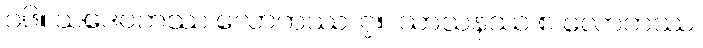
၁၆။ သဒေဝကဿ လောကဿ၊ ၇။  သာသနဿ စ လောကဿ၊